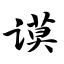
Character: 谟